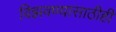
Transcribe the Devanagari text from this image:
विझवण्यासाठीही